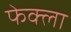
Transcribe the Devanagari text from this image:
फेक्ला